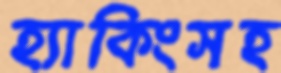
হ্যাকিংসহ